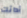
أدائك